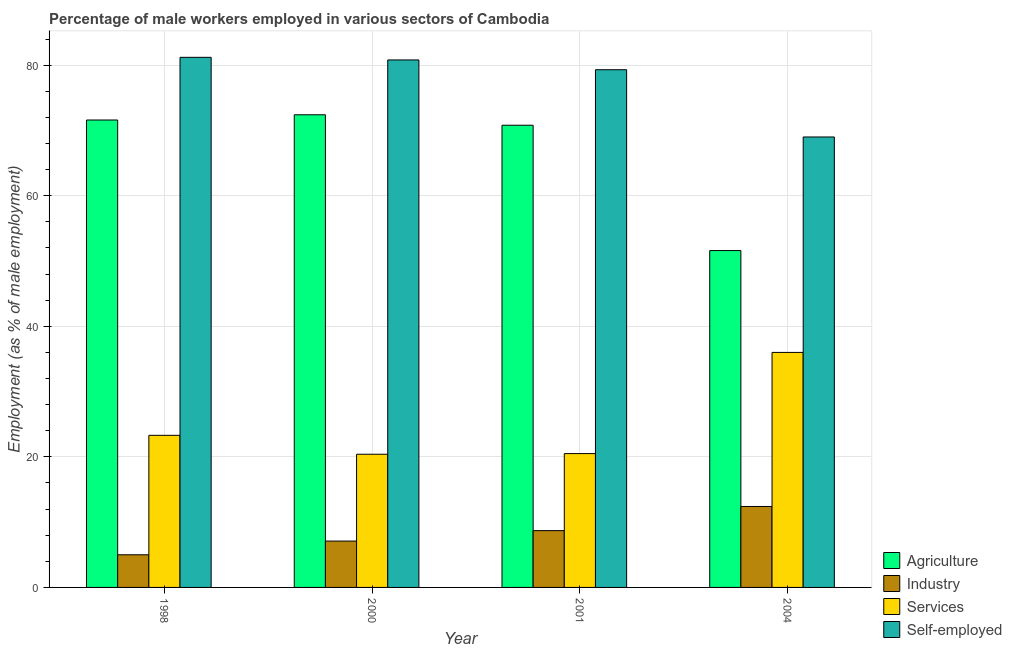
| Year | Agriculture | Industry | Services | Self-employed |
 | --- | --- | --- | --- | --- |
 | 1998 | 71.6 | 5 | 23.3 | 81.2 |
 | 2000 | 72.4 | 7.1 | 20.4 | 80.8 |
 | 2001 | 70.8 | 8.7 | 20.5 | 79.3 |
 | 2004 | 51.6 | 12.4 | 36 | 69 |